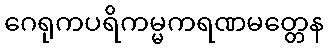
ဂေရုကပရိကမ္မကရဏမတ္တေန